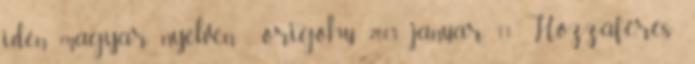
idén magyar nyelven . origo.hu, 2008. január 11. Hozzáférés: